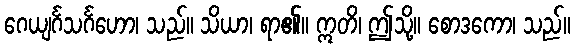
ဂေယျင်္ဂသင်္ဂဟော၊ သည်။ သိယာ၊ ရာ၏။ ဣတိ၊ ဤသို့။ စောဒကော၊ သည်။